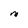
Character: M